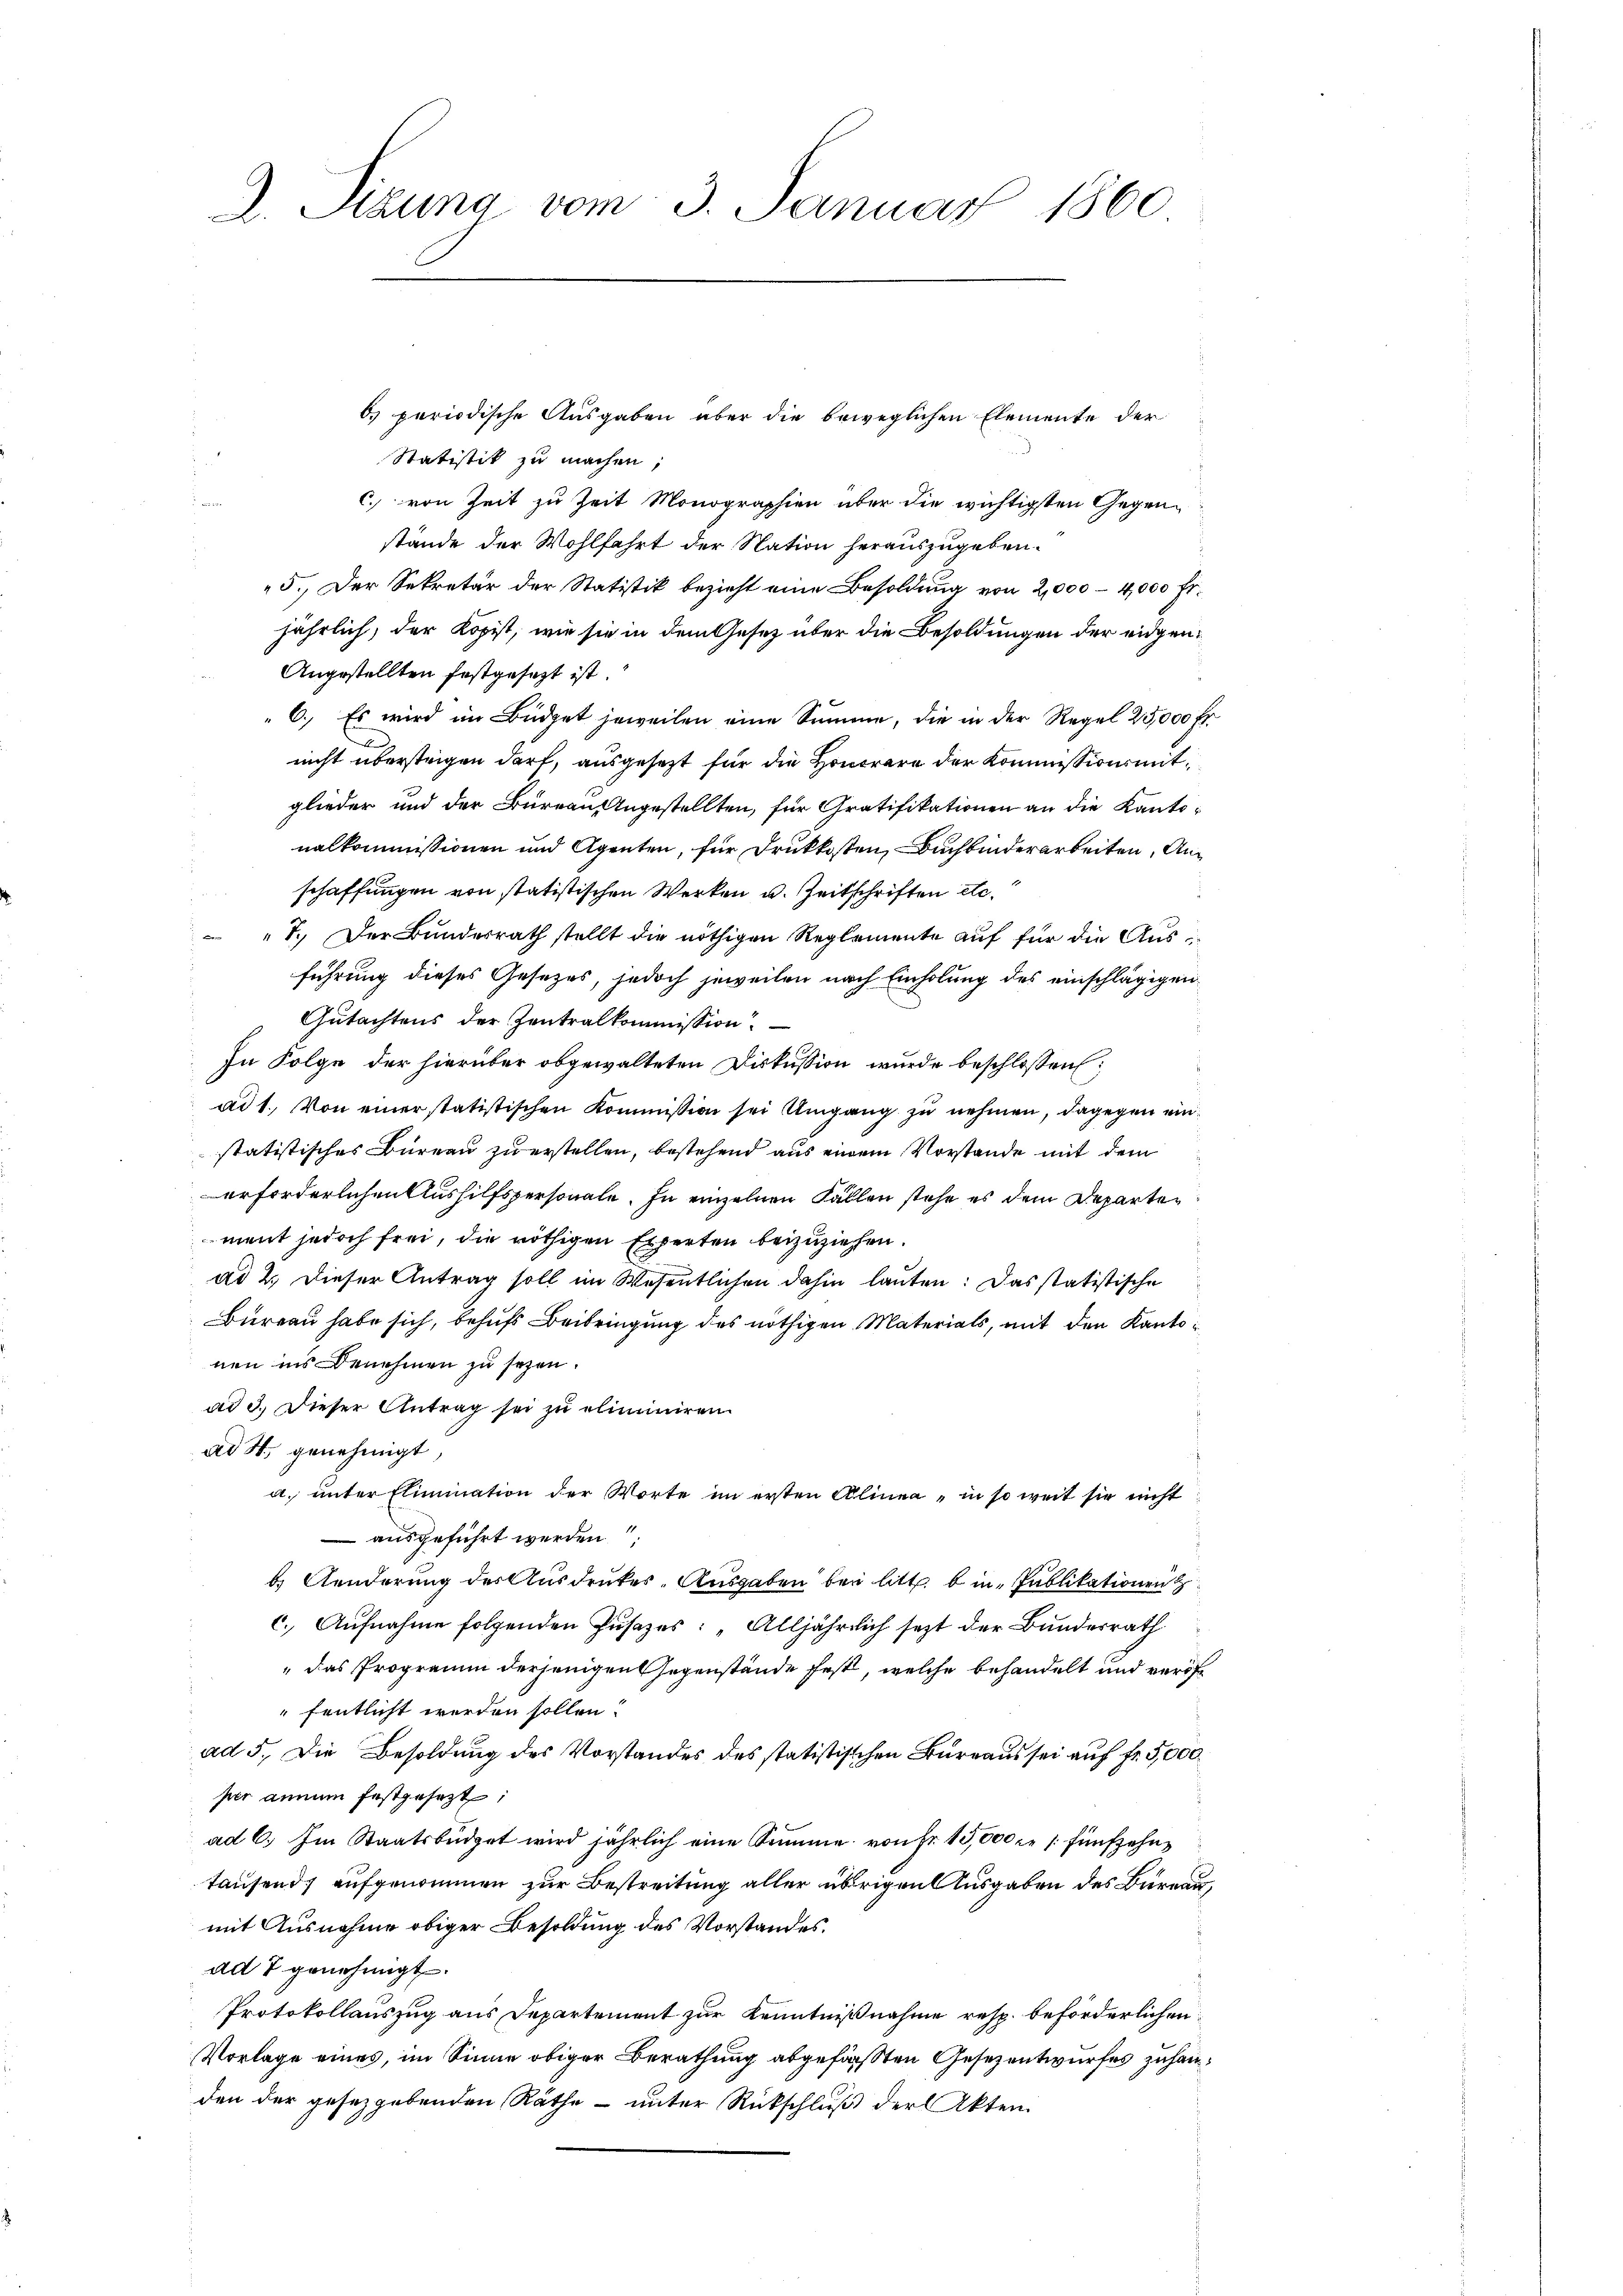
D. Sizung vom 3. Januar 1860

Statistik zu machen;
c. von Zeit zu Zeit Monographien über die wichtigsten Gegenstände der Wohlfahrt der Nation herauszugeben.
5. Der Sekretär der Statistik bezieht eine Besoldung von 2,000 - 4,000 fr.
jährlich, der Kopist, wie sie in dem Gesetz über die Besoldungen der eidgen¬
Angestellten festgesezt ist.
6. Es wird im Büdget jeweilen eine Summe, die in der Regel 25,000 fr.
nicht übersteigen darf, ausgesezt für die Honorare der Kommissionsmitglieder und der Büreau Angestellten, für Gratifikationen an die Kantonalkommissionen und Agenten, für Druckkosten, Buchbinderarbeiten, Anschaffungen von statistischen Werken u. Zeitschriften etc.
"1. Der Bundesrath stellt die nöthigen Reglemente auf für die Ausführung dieses Gesezes, jedoch jeweilen nach Einholung des einschlägigen
Gutachtens der Zentralkommission
In Folge der hierüber abgewalteten Diskussion wurde beschlossen:
ad 1. Von einer statistischen Kommission sei Umgang zu nehmen, dagegen einstatistisches Büreau zu erstellen, bestehend aus einem Vorstande mit dem
erforderlichen Aushilfspersonale. In einzelnen Fällen stehe es dem Departen
ment jedoch frei, die nöthigen Experten beizuziehen.
ad 2. Dieser Antrag soll im Wesentlichen dahin lauten: Das statistische
Bureau habe sich, behufs Beibringung des nöthigen Materials, mit den Kantonen ins Benehmen zu sezen.
ad 3. Dieser Antrag sei zu eliminiren.
ad St. genehmigt,
a. unter Elimination der Worte im ersten Alinea - in so weit sie nicht
 ausgeführt werden
b. Aenderung des Ausdruckes-Ausgaben bei litt. b in Publikationen
c. Aŭfnahme folgenden Zusatzes: „Alljährlich sezt der Bundesrath
"das Programm derjenigen Gegenstände fest, welche behandelt und veröffentlicht werden sollen.
ad 5. Die Besoldung des Vorstandes des statistischen Bureaus sei auf fr. 5,000.
per annum festgesezt;
ad 6. Im Staatsbüdget wird jährlich eine Summe von Fr. 13,000 fr fünfzehntausend, aufgenommen zur Bestreitung aller übrigen Ausgaben des Bureau,
mit Ausnahme obiger Besoldung des Vorstandes.
ad 7 genehmigt.
Protokollauszug aus Departement zur Kenntnißnahme resp. beförderlichen
Vorlage eines, im Sinne obiger Berathung abgefaßten Gesezentwurfes zuhanden der gesetzgebenden Räthe – unter Rückschluß der Akten

6) periodische Ausgaben über die beweglichen Elemente der